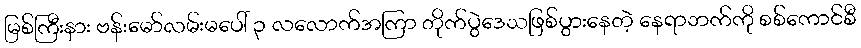
မြစ်ကြီးနား ဗန်းမော်လမ်းမပေါ် ၃ လလောက်အကြာ တိုက်ပွဲဒေသဖြစ်ပွားနေတဲ့ နေရာဘက်ကို စစ်ကောင်စီ